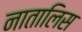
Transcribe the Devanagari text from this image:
नातालिस